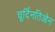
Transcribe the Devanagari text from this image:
चूर्दिनतिओन